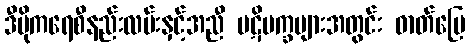
ဒီမိုကရေစီနည်းလမ်းနှင့်အညီ ပဋိပက္ခများအတွင်း ဓာတ်မြေ